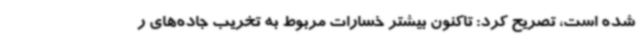
شده است، تصریح کرد: تاکنون بیشتر خسارات مربوط به تخریب جاده‌های ر